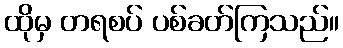
ထိုမှ တရစပ် ပစ်ခတ်ကြသည်။